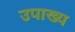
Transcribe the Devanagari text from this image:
उपाख्‍य